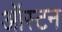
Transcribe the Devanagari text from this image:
ऑस्टन